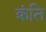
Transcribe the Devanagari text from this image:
क्रंति